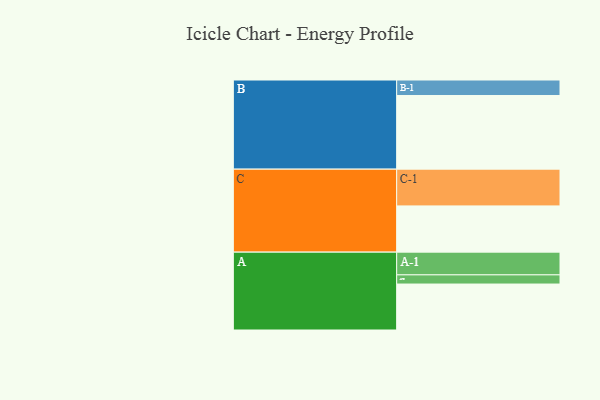
{"axis": {"x": "Segment", "y": "Value"}, "legend": ["", "A", "B", "C"], "data": [{"x": "A", "y": 350, "type": ""}, {"x": "B", "y": 561, "type": ""}, {"x": "C", "y": 352, "type": ""}, {"x": "A-1", "y": 173, "type": "A"}, {"x": "A-2", "y": 70, "type": "A"}, {"x": "B-1", "y": 118, "type": "B"}, {"x": "C-1", "y": 280, "type": "C"}]}